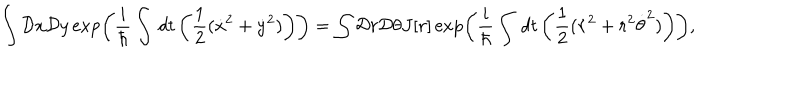
LaTeX: \int { \cal D } x { \cal D } y \exp \left( \frac { i } { \hbar } \int \, d t \left( \frac { 1 } { 2 } ( \dot { x } ^ { 2 } + \dot { y } ^ { 2 } ) \right) \right) = \int { \cal D } r { \cal D } \theta J [ r ] \exp \left( \frac { i } { \hbar } \int \, d t \left( \frac { 1 } { 2 } ( \dot { r } ^ { 2 } + r ^ { 2 } \dot { \theta } ^ { 2 } ) \right) \right) ,